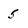
Character: 5